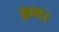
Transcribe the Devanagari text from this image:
हाव।